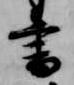
書